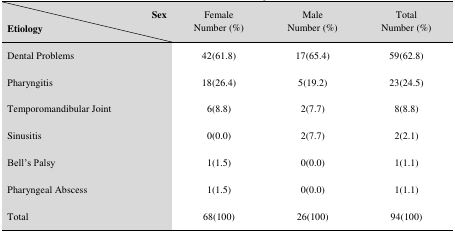
| Sex | <ROWSPAN=2> FemaleNumber (%) | <ROWSPAN=2> MaleNumber (%) | <ROWSPAN=2> TotalNumber (%) |
 | Etiology |
 | --- | --- | --- | --- |
 | Dental Problems | 42(61.8) | 17(65.4) | 59(62.8) |
 | Pharyngitis | 18(26.4) | 5(19.2) | 23(24.5) |
 | Temporomandibular Joint | 6(8.8) | 2(7.7) | 8(8.8) |
 | Sinusitis | 0(0.0) | 2(7.7) | 2(2.1) |
 | Bell’s Palsy | 1(1.5) | 0(0.0) | 1(1.1) |
 | Pharyngeal Abscess | 1(1.5) | 0(0.0) | 1(1.1) |
 | Total | 68(100) | 26(100) | 94(100) |